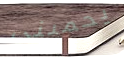
يحميني